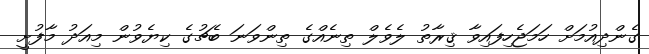
ގެންދިއުމަށް ހަމަޖެހިފައިވާ ޤިރާތު ލެވެލް ތިނެއްގެ ތިންވަނަ ބެޗުގެ ކިޔެވުން މިއަދު މާފުށީ